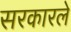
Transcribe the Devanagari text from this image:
सरकारले